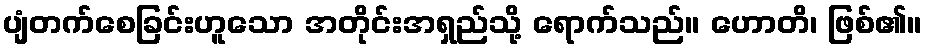
ပျံတက်စေခြင်းဟူသော အတိုင်းအရှည်သို့ ရောက်သည်။ ဟောတိ၊ ဖြစ်၏။